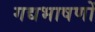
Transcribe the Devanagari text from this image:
गद्यभाषणों